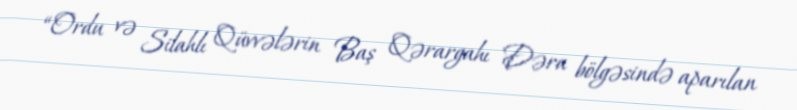
“Ordu və Silahlı Qüvvələrin Baş Qərargahı Dəra bölgəsində aparılan